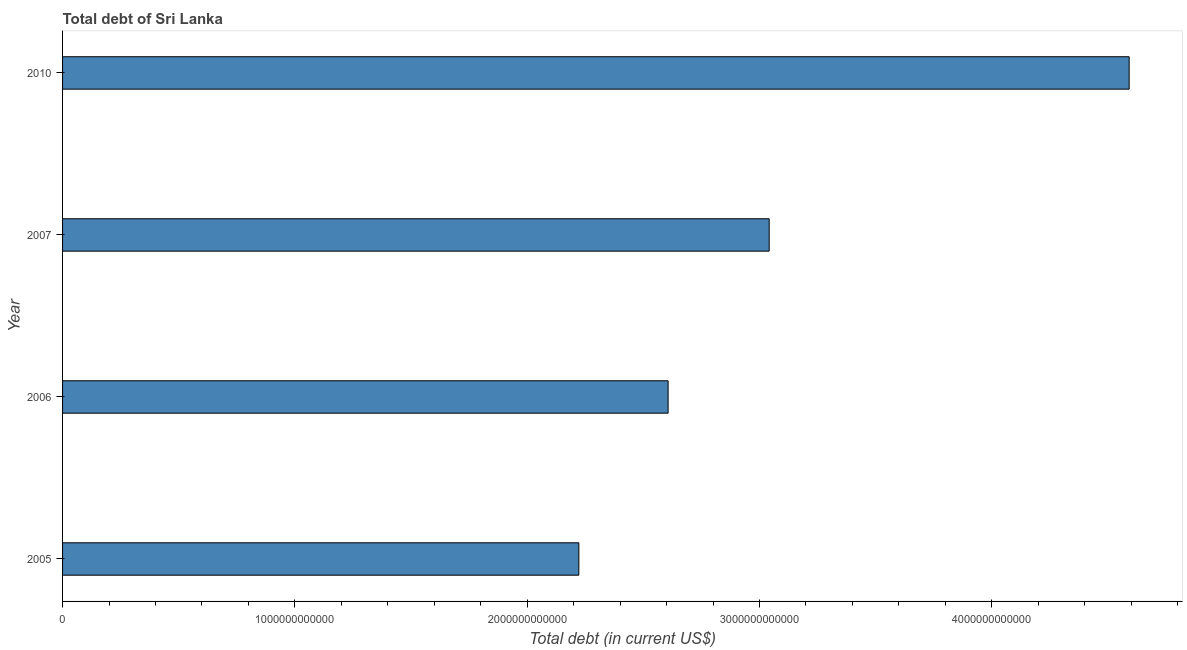
| Year | Central government debt |
 | --- | --- |
 | 2005 | 2.22e+12 |
 | 2006 | 2.61e+12 |
 | 2007 | 3.04e+12 |
 | 2010 | 4.59e+12 |